Note on the mental hospitals in Burma - 1925-1940
Year: 1925
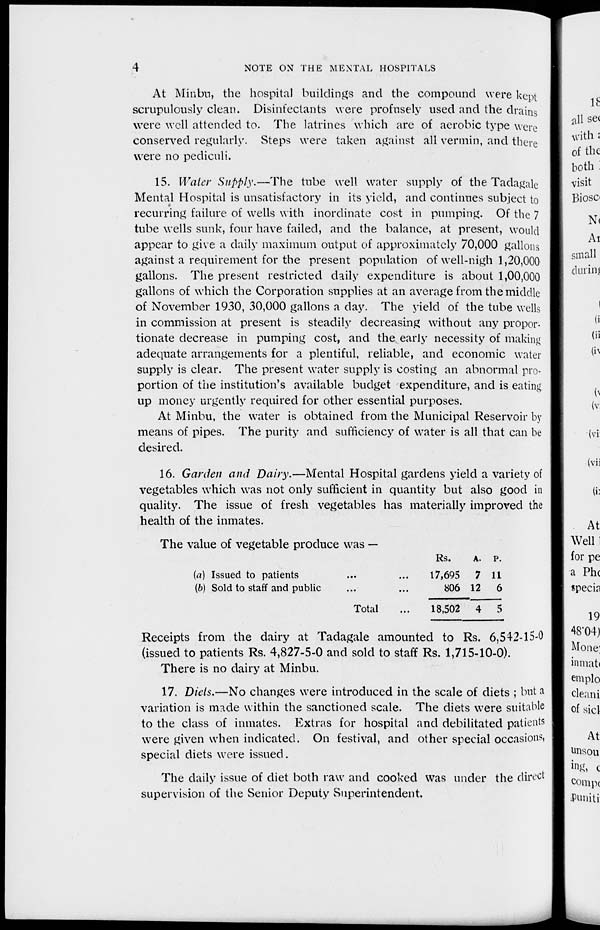
4
NOTE ON THE MENTAL HOSPITALS
At Minbu, the hospital buildings and the compound were kept
scrupulously clean. Disinfectants were profusely used and the drains
were well attended to. The latrines which are of aerobic type were
conserved regularly. Steps were taken against all vermin, and there
were no pediculi.
15. Water Supply.—The tube well water supply of the Tadagale
Mental Hospital is unsatisfactory in its yield, and continues subject to
recurring failure of wells with inordinate cost in pumping. Of the 7
tube wells sunk, four have failed, and the balance, at present, would
appear to give a daily maximum output of approximately 70,000 gallons
against a requirement for the present population of well-nigh 1,20,000
gallons. The present restricted daily expenditure is about 1,00,000
gallons of which the Corporation supplies at an average from the middle
of November 1930, 30,000 gallons a day. The yield of the tube wells
in commission at present is steadily decreasing without any propor.
tionate decrease in pumping cost, and the early necessity of making
adequate arrangements for a plentiful, reliable, and economic water
supply is clear. The present water supply is costing an abnormal pro-
portion of the institution's available budget expenditure, and is eating
up money urgently required for other essential purposes.
At Minbu, the water is obtained from the Municipal Reservoir by
means of pipes. The purity and sufficiency of water is all that can be
desired.
16. Garden and Dairy.—Mental Hospital gardens yield a variety of
vegetables which was not only sufficient in quantity but also good in
quality. The issue of fresh vegetables has materially improved the
health of the inmates.
The value of vegetable produce was —
(a) Issued to patients ... ...
(b) Sold to staff and public ... ...
Total ...
Rs.
17,695
806
18,502
A.
7
12
4
p.
11
6
5
Receipts from the dairy at Tadagale amounted to Rs. 6,542-15-0
(issued to patients Rs. 4,827-5-0 and sold to staff Rs. 1,715-10-0).
There is no dairy at Minbu.
17. Diets.—No changes were introduced in the scale of diets ; but a
variation is made within the sanctioned scale. The diets were suitable
to the class of inmates. Extras for hospital and debilitated patients
were given when indicated. On festival, and other special occasions,
special diets were issued.
The daily issue of diet both raw and cooked was under the direct
supervision of the Senior Deputy Superintendent.